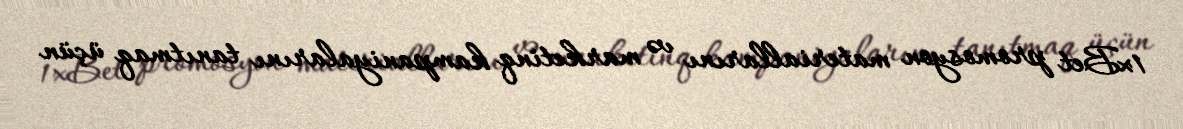
1xBet promosyon materiallarını və marketinq kampaniyalarını tanıtmaq üçün